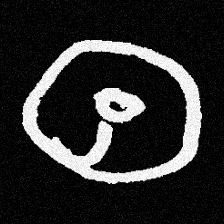
Pyu character \u2014 Myanmar letter: ထ (romanized: tha)